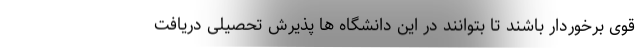
قوی برخوردار باشند تا بتوانند در این دانشگاه ها پذیرش تحصیلی دریافت